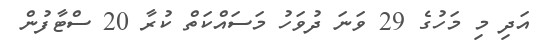
އަދި މި މަހުގެ 29 ވަނަ ދުވަހު މަސައްކަތް ކުރާ 20 ސްޓާފުން